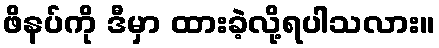
ဖိနပ်ကို ဒီမှာ ထားခဲ့လို့ရပါသလား။